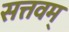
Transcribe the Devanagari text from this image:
सत्तवम्‌